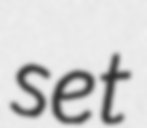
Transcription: set